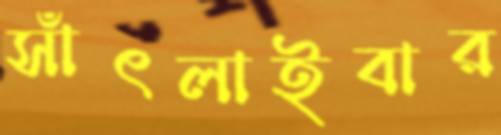
সাঁৎলাইবার